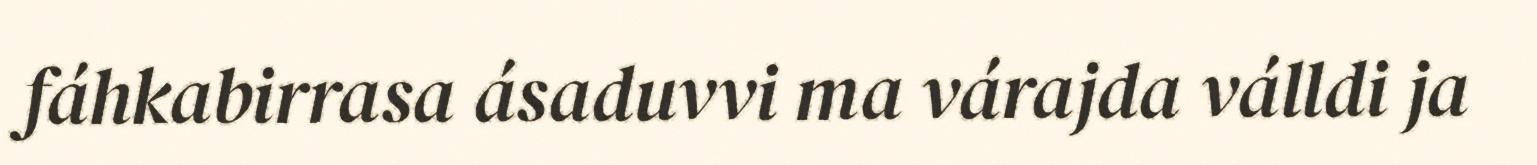
fáhkabirrasa ásaduvvi ma várajda válldi ja